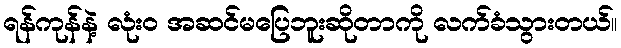
ရန်ကုန်နဲ့ လုံးဝ အဆင်မပြေဘူးဆိုတာကို လက်ခံသွားတယ်။